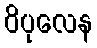
ဝိပုလေန